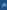
Transcribe